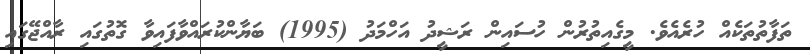
ތަފާތުތަކެއް ހުރެއެވެ. މީގެއިތުރުން ހުސައިން ރަޝީދު އަހްމަދު (1995) ބަޔާންކުރައްވާފައިވާ ގޮތުގައި ރާއްޖޭގައި